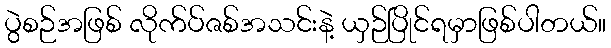
ပွဲစဉ်အဖြစ် လိုက်ပ်ဇစ်အသင်းနဲ့ ယှဉ်ပြိုင်ရမှာဖြစ်ပါတယ်။